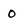
Character: O